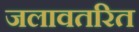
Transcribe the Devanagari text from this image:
जलावतरित